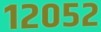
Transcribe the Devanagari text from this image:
१२०५२